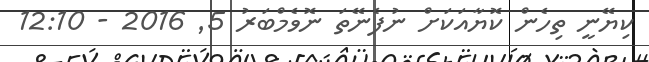
ކިޔޭނީ ތިހެން ކޮޔާއަކަށް ނުފެނޭތަ ނޮވެމްބަރު 5